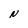
Character: N